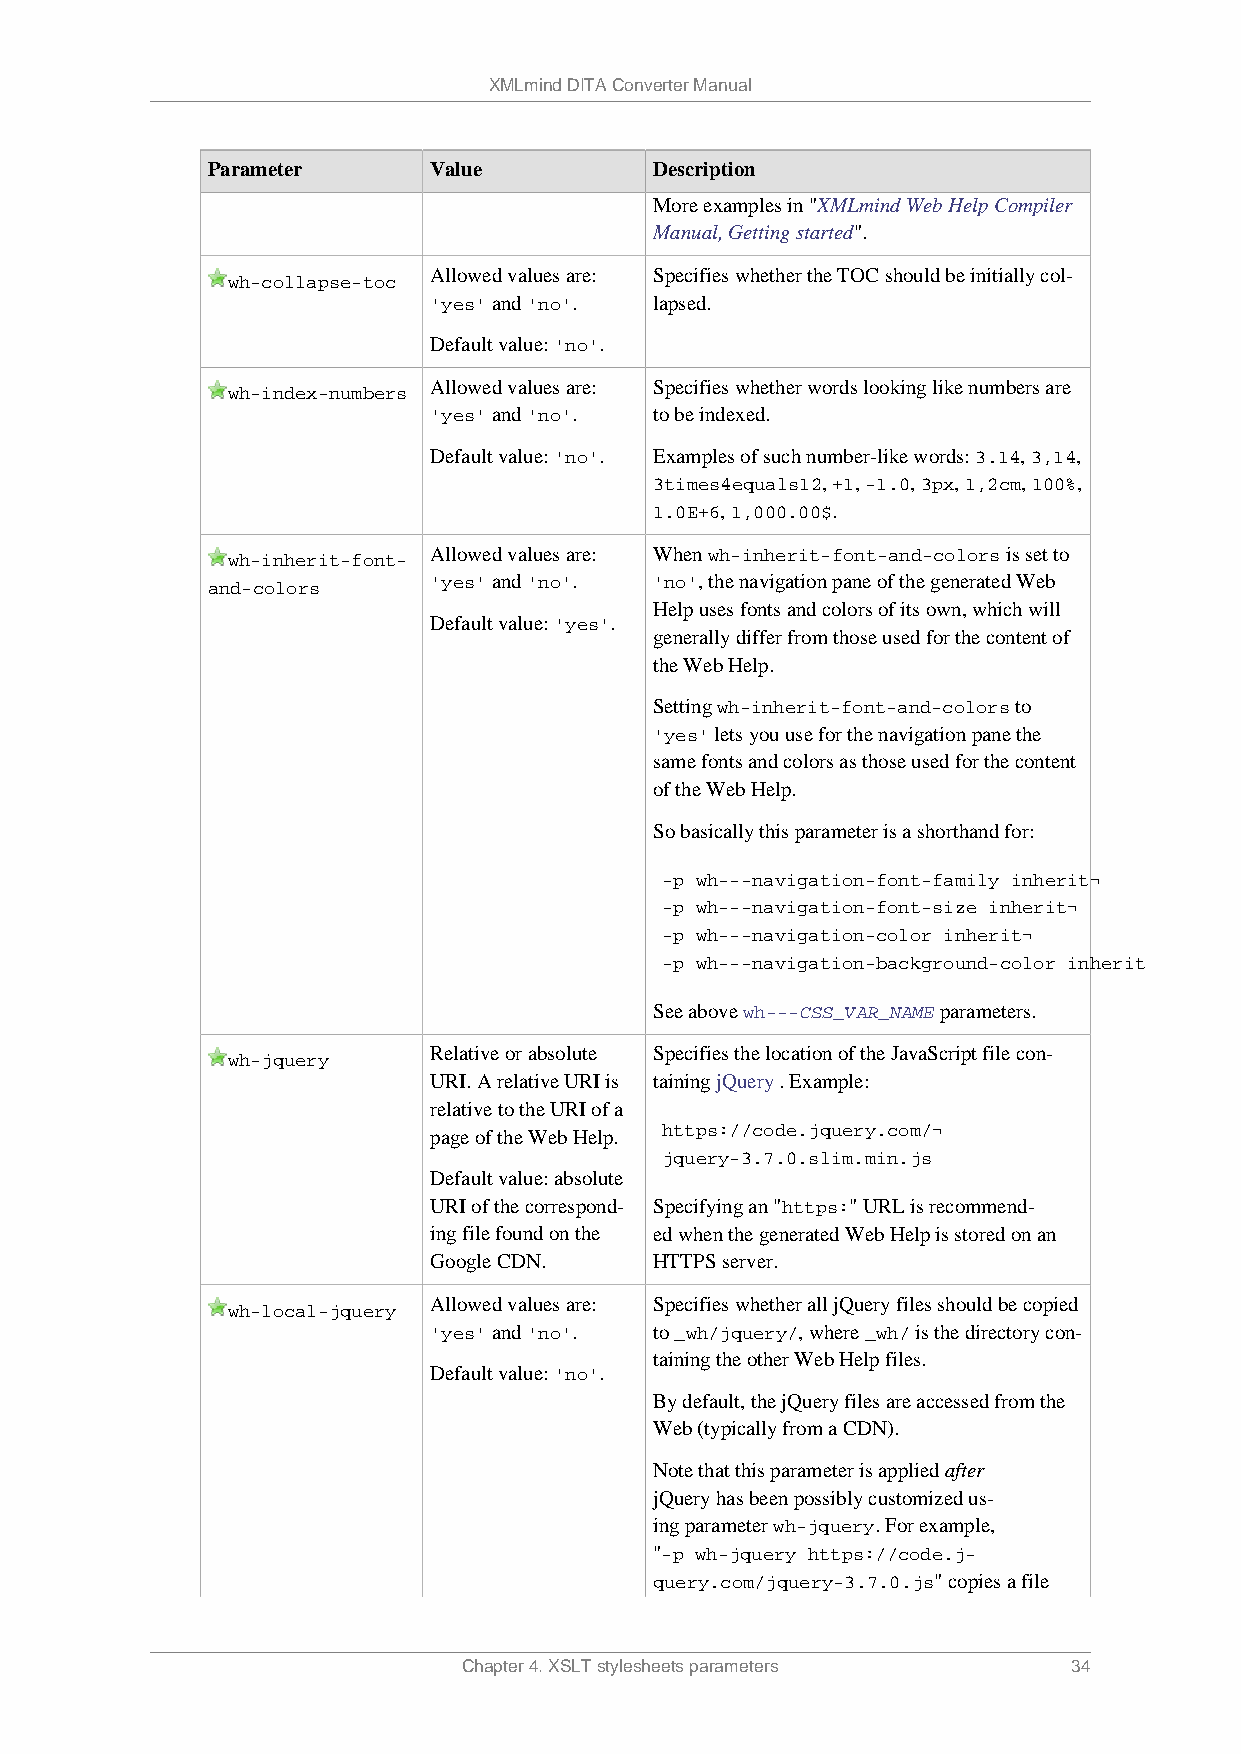
XMLmind DITA Converter Manual
 Parameter     Value          Description
 More examples in "XMLmind Web Help Compiler
 Manual, Getting started".
 Allowed values are: Specifies whether the TOC should be initially col-
 wh-collapse-toc
 'yes' and 'no'. lapsed.
 Default value: 'no'.
 Allowed values are: Specifies whether words looking like numbers are
 wh-index-numbers
 'yes' and 'no'. to be indexed.
 Default value: 'no'. Examples of such number-like words: 3.14, 3,14,
 3times4equals12, +1, -1.0, 3px, 1,2cm, 100%,
 1.0E+6, 1,000.00$.
 wh-inherit-font- Allowed values are: When wh-inherit-font-and-colors is set to
 and-colors    'yes' and 'no'. 'no', the navigation pane of the generated Web
 Help uses fonts and colors of its own, which will
 Default value: 'yes'.
 generally differ from those used for the content of
 the Web Help.
 Setting wh-inherit-font-and-colors to
 'yes' lets you use for the navigation pane the
 same fonts and colors as those used for the content
 of the Web Help.
 So basically this parameter is a shorthand for:
 -p wh---navigation-font-family inherit¬
 -p wh---navigation-font-size inherit¬
 -p wh---navigation-color inherit¬
 -p wh---navigation-background-color inherit
 See above wh---CSS_VAR_NAME parameters.
 Relative or absolute Specifies the location of the JavaScript file con-
 wh-jquery
 URI. A relative URI is taining jQuery . Example:
 relative to the URI of a
 page of the Web Help. https://code.jquery.com/¬
 jquery-3.7.0.slim.min.js
 Default value: absolute
 URI of the correspond- Specifying an "https:" URL is recommend-
 ing file found on the ed when the generated Web Help is stored on an
 Google CDN.    HTTPS server.
 Allowed values are: Specifies whether all jQuery files should be copied
 wh-local-jquery
 'yes' and 'no'. to _wh/jquery/, where _wh/ is the directory con-
 taining the other Web Help files.
 Default value: 'no'.
 By default, the jQuery files are accessed from the
 Web (typically from a CDN).
 Note that this parameter is applied after
 jQuery has been possibly customized us-
 ing parameter wh-jquery. For example,
 "-p wh-jquery https://code.j-
 query.com/jquery-3.7.0.js" copies a file
 Chapter 4. XSLT stylesheets parameters  34